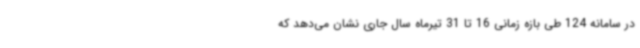
در سامانه 124 طی بازه زمانی 16 تا 31 تیرماه سال جاری نشان می‌دهد که